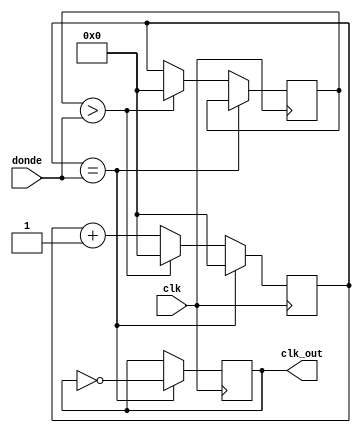

module Divisor_Frecuencia(

input clk, 
input[5:0]donde,
output reg clk_out);
 
reg [5:0] cuenta;
reg [5:0] cuenta_ant = 6'd0;

initial cuenta<=6'd0;
initial clk_out<=6'd0;

always @(posedge clk )begin
	if(cuenta==donde)begin
       cuenta=6'd0;
       clk_out=~clk_out;end
   else if(cuenta_ant>donde)begin
		 cuenta=6'd0;cuenta_ant=cuenta; end
	else begin
		 cuenta_ant=cuenta;
       cuenta=cuenta+6'd1;end
end		 
endmodule